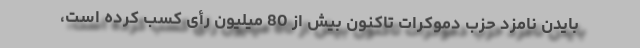
بایدن نامزد حزب دموکرات تاکنون بیش از 80 میلیون رأی کسب کرده است،